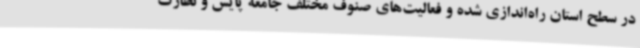
در سطح استان راه‌اندازی شده و فعالیت‌های صنوف مختلف جامعه پایش و نظارت